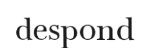
despond